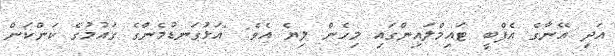
އަދި އޭނާގެ އެފްބީ ޓައިމްލައިންގައި މިހެން ލިޔެ އެވެ: "އަޅުގަނޑުމެންގެ ގައުމުގެ ކަންކަން